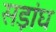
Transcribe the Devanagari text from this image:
सड़ांघ